Civil Veterinary Dept. North-West Frontier Province 1923-32 - 1923-1932
Year: 1923
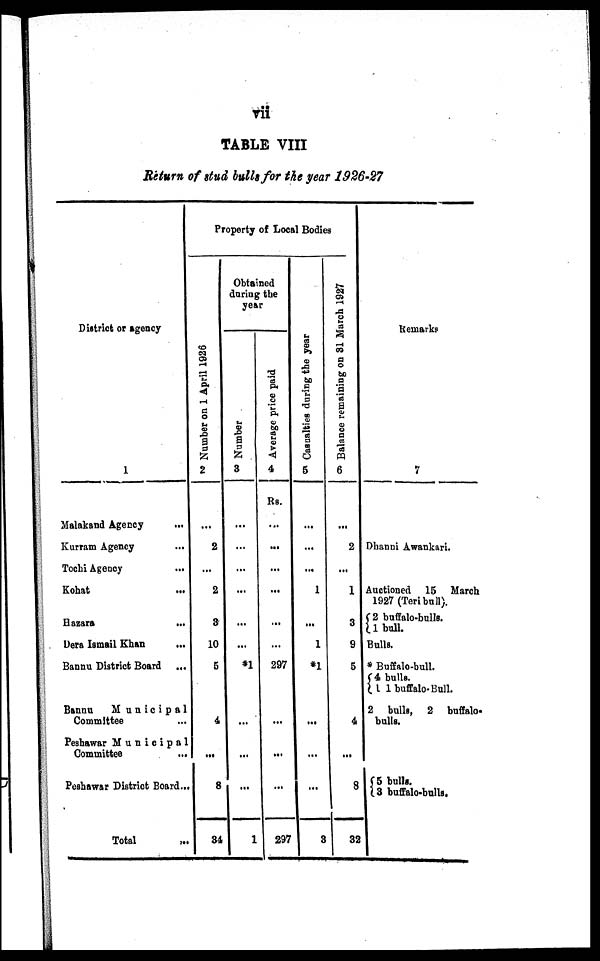
vii
TABLE VIII
Return of stud bulls for the year 1926-27
District or agency
1
Malakand Agency ...
Kurram Agency ...
Tochi Agency ...
Kohat ...
Hazara ...
Dera Ismail Khan ...
Bannu District Board ...
Banna
Municipal
Committee ...
Peshawar Municipal
Committee ...
Peshawar District Board ...
Total
...
Property of Local Bodies
Number on 1 April 1926
2
...
2
...
2
3
10
5
4
...
8
34
Obtained
during the
year
Number
3
...
...
...
...
...
...
*1
...
...
...
1
Average price paid
4
Rs.
...
...
...
...
...
...
297
...
...
...
297
Casualties dur i
ng the year
5
...
...
...
1
...
1
*1
...
...
...
3
Balance remaining on 81 March 1927
6
...
2
...
1
3
9
5
4
...
8
32
Remarks
7
Dbanui Awankari.
Auctioned 15 March
1927 (Teri bull).
2 buffalo-bulls.
1 bull.
Bulls.
* Buffalo-bull.
{4 bulls.
1 1 buffalo- Bull.
2 bulls, 2
buffalo-
bulls.
{5 bulls.
3 buffalo-bulls.